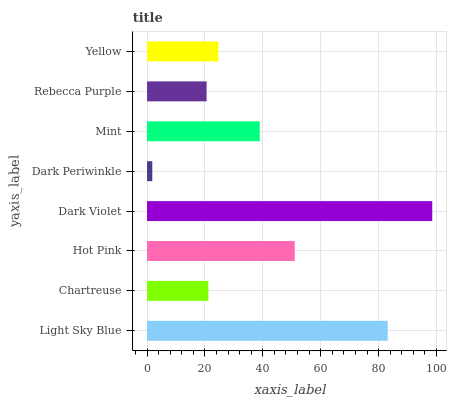
| yaxis_label | bars |
 | --- | --- |
 | Light Sky Blue | 83.2 |
 | Chartreuse | 21.2 |
 | Hot Pink | 51 |
 | Dark Violet | 98.5 |
 | Dark Periwinkle | 1.81 |
 | Mint | 38.9 |
 | Rebecca Purple | 20.6 |
 | Yellow | 24.7 |